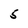
Character: 5